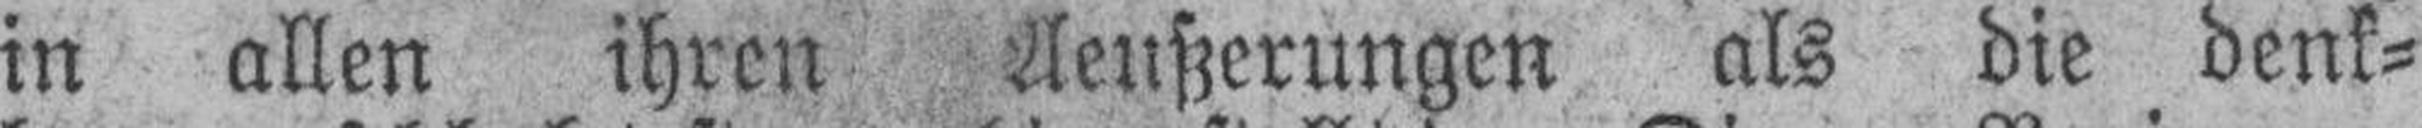
in allen ihren Aeußerungen als die denk¬